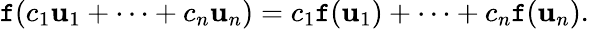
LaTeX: \mathtt{f}(c_{1}\mathbf{{u}}_{1}+\cdots+c_{n}\mathbf{{u}}_{n})=c_{1}\mathtt{f}(\mathbf{{u}}_{1})+\cdots+c_{n}\mathtt{f}(\mathbf{{u}}_{n}).